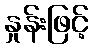
နှုန်းဖြင့်